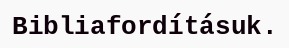
Bibliafordításuk.